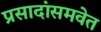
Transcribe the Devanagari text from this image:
प्रसादांसमवेत